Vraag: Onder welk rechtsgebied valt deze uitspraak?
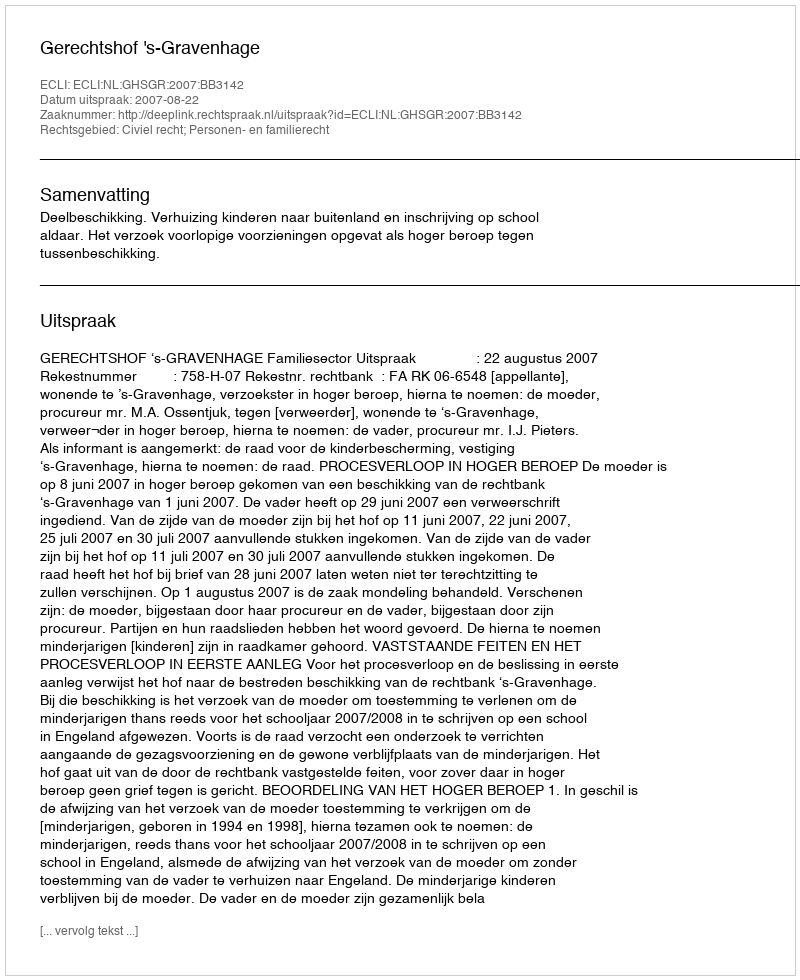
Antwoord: Civiel recht; Personen- en familierecht